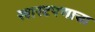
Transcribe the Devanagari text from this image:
खारटपणाचा